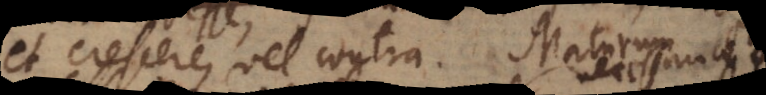
et crescere, vel contra. Maturum